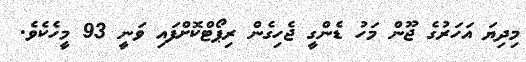
މިދިޔަ އަހަރުގެ ޖޫން މަހު ޑެންގީ ޖެހިގެން ރިޕޯޓްކޮށްފައި ވަނީ 93 މީހެކެވެ.